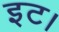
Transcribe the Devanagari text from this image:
इट।